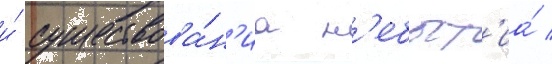
и́ существова́н'иа н'ебыт'иа́ /